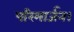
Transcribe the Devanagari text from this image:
परिमार्जन।